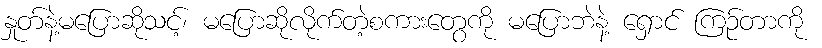
နှုတ်နဲ့မပြောဆိုသင့်၊ မပြောဆိုလိုက်တဲ့စကားတွေကို မပြောဘဲနဲ့ ရှောင် ကြဉ်တာကို